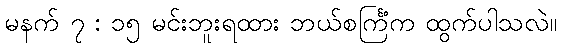
မနက် ၇ : ၁၅ မင်းဘူးရထား ဘယ်စင်္ကြံက ထွက်ပါသလဲ။